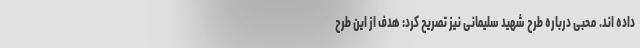
داده اند. محبی درباره طرح شهید سلیمانی نیز تصریح کرد: هدف از این طرح